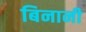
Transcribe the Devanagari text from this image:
बिनानी